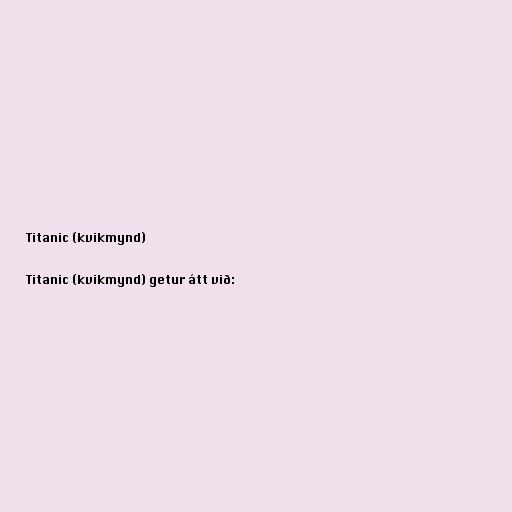
Titanic (kvikmynd)

Titanic (kvikmynd) getur átt við: